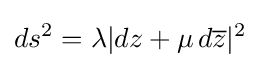
ds^{2}=\lambda |dz+\mu \,d{\overline {z}}|^{2}